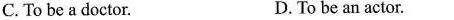
C. To be a doctor. D.To be an actor.